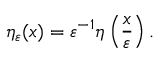
\eta _ { \varepsilon } ( x ) = \varepsilon ^ { - 1 } \eta \left( { \frac { x } { \varepsilon } } \right) .